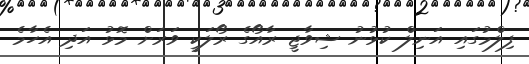
ފިލްމުގައި އަނިލް ކުޅުނު ޝިވާޖީ ރާއޯގެ ރޯލަކީ ވަރަށް މޮޅު އަދި އެހާމެ